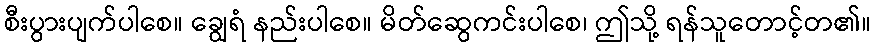
စီးပွားပျက်ပါစေ။ ချွေရံ နည်းပါစေ။ မိတ်ဆွေကင်းပါစေ၊ ဤသို့ ရန်သူတောင့်တ၏။